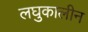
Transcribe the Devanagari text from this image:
लघुकालीन